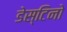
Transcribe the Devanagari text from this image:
डेस्टिनो